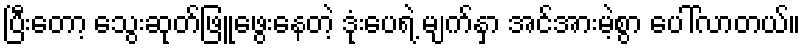
ပြီးတော့ သွေးဆုတ်ဖြူဖွေးနေတဲ့ ဒုံးပေရဲ့ မျက်နှာ အင်အားမဲ့စွာ ပေါ်လာတယ်။